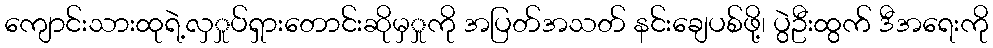
ကျောင်းသားထုရဲ့လှှုပ်ရှားတောင်းဆိုမှှုကို အပြတ်အသတ် နင်းချေပစ်ဖို့၊ ပွဲဦးထွက် ဒီအရေးကို